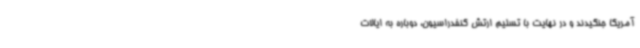
آمریکا جنگیدند و در نهایت با تسلیم ارتش کنفدراسیون، دوباره به ایالات